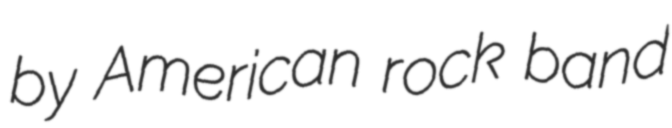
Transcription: by American rock band